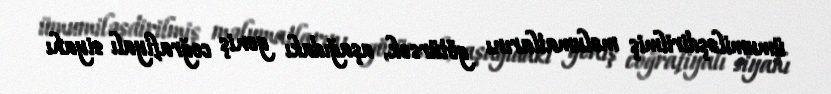
ümumiləşdirilmiş məlumatlarını götürsək, aşağıdakı geniş coğrafiyalı siyahı